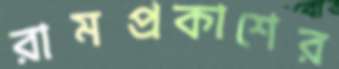
রামপ্রকাশের